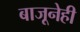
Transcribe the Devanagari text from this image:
बाजूनेही